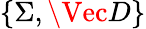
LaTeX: \{ \Sigma,\Vec{D}\}